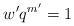
LaTeX: \begin{align*}w' q^{m'} =1 \end{align*}